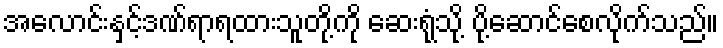
အလောင်းနှင့်ဒဏ်ရာရထားသူတို့ကို ဆေးရုံသို့ ပို့ဆောင်စေလိုက်သည်။